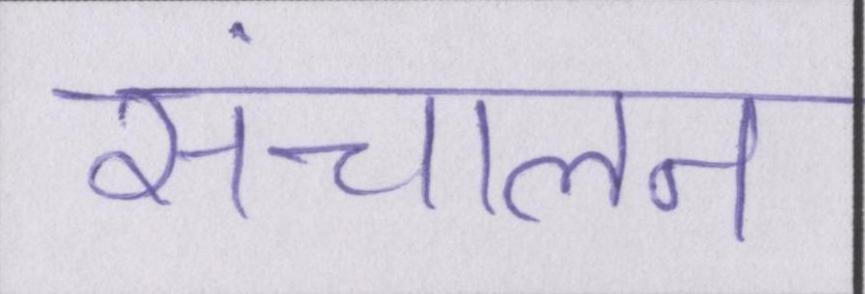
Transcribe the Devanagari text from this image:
संचालन